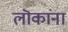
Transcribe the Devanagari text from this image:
लॊकांना